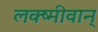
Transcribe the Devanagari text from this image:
लक्ष्मीवान्